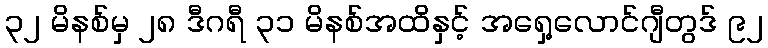
၃၂ မိနစ်မှ ၂၈ ဒီဂရီ ၃၁ မိနစ်အထိနှင့် အရှေ့လောင်ဂျီတွဒ် ၉၂